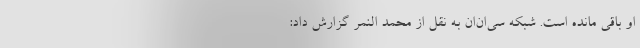
او باقی مانده است. شبکه سی‌ان‌ان به نقل از محمد النمر گزارش داد: